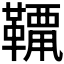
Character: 𩌶